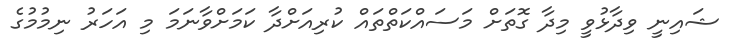
ޝައިނީ ވިދާޅުވީ މިދާ ގޮތަށް މަސައްކަތްތައް ކުރިއަށްދާ ކަމަށްވާނަމަ މި އަހަރު ނިމުމުގެ